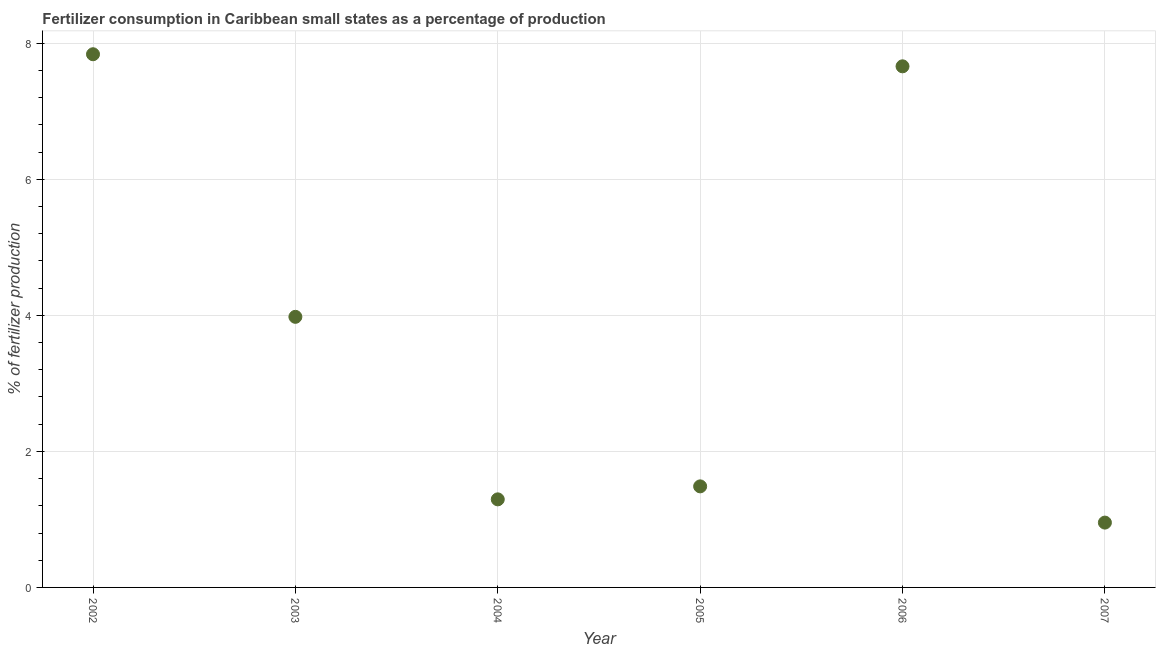
| Year | Fertilizer consumption |
 | --- | --- |
 | 2002 | 7.84 |
 | 2003 | 3.98 |
 | 2004 | 1.29 |
 | 2005 | 1.49 |
 | 2006 | 7.66 |
 | 2007 | 0.953 |